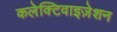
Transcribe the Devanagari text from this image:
कलेक्टिवाइज़ेशन